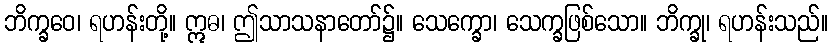
ဘိက္ခဝေ၊ ရဟန်းတို့။ ဣဓ၊ ဤသာသနာတော်၌။ သေက္ခော၊ သေက္ခဖြစ်သော။ ဘိက္ခု၊ ရဟန်းသည်။